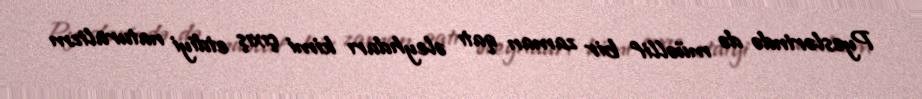
Pyeslərində də müəllif bir zaman qatı əleyhdarı kimi çıxış etdiyi naturalizm